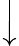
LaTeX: \Big\downarrow